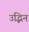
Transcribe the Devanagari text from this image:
उद्भिन